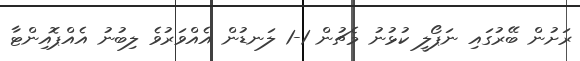
ރަށުން ބޭރުގައި ނަޕޯލީ ކުޅުނު މެޗުން 1-1 ލަނޑުން އެއްވަރުވެ ލިބުނު އެއްޕޮއިންޓާ